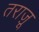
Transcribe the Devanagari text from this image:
तराज़ू़